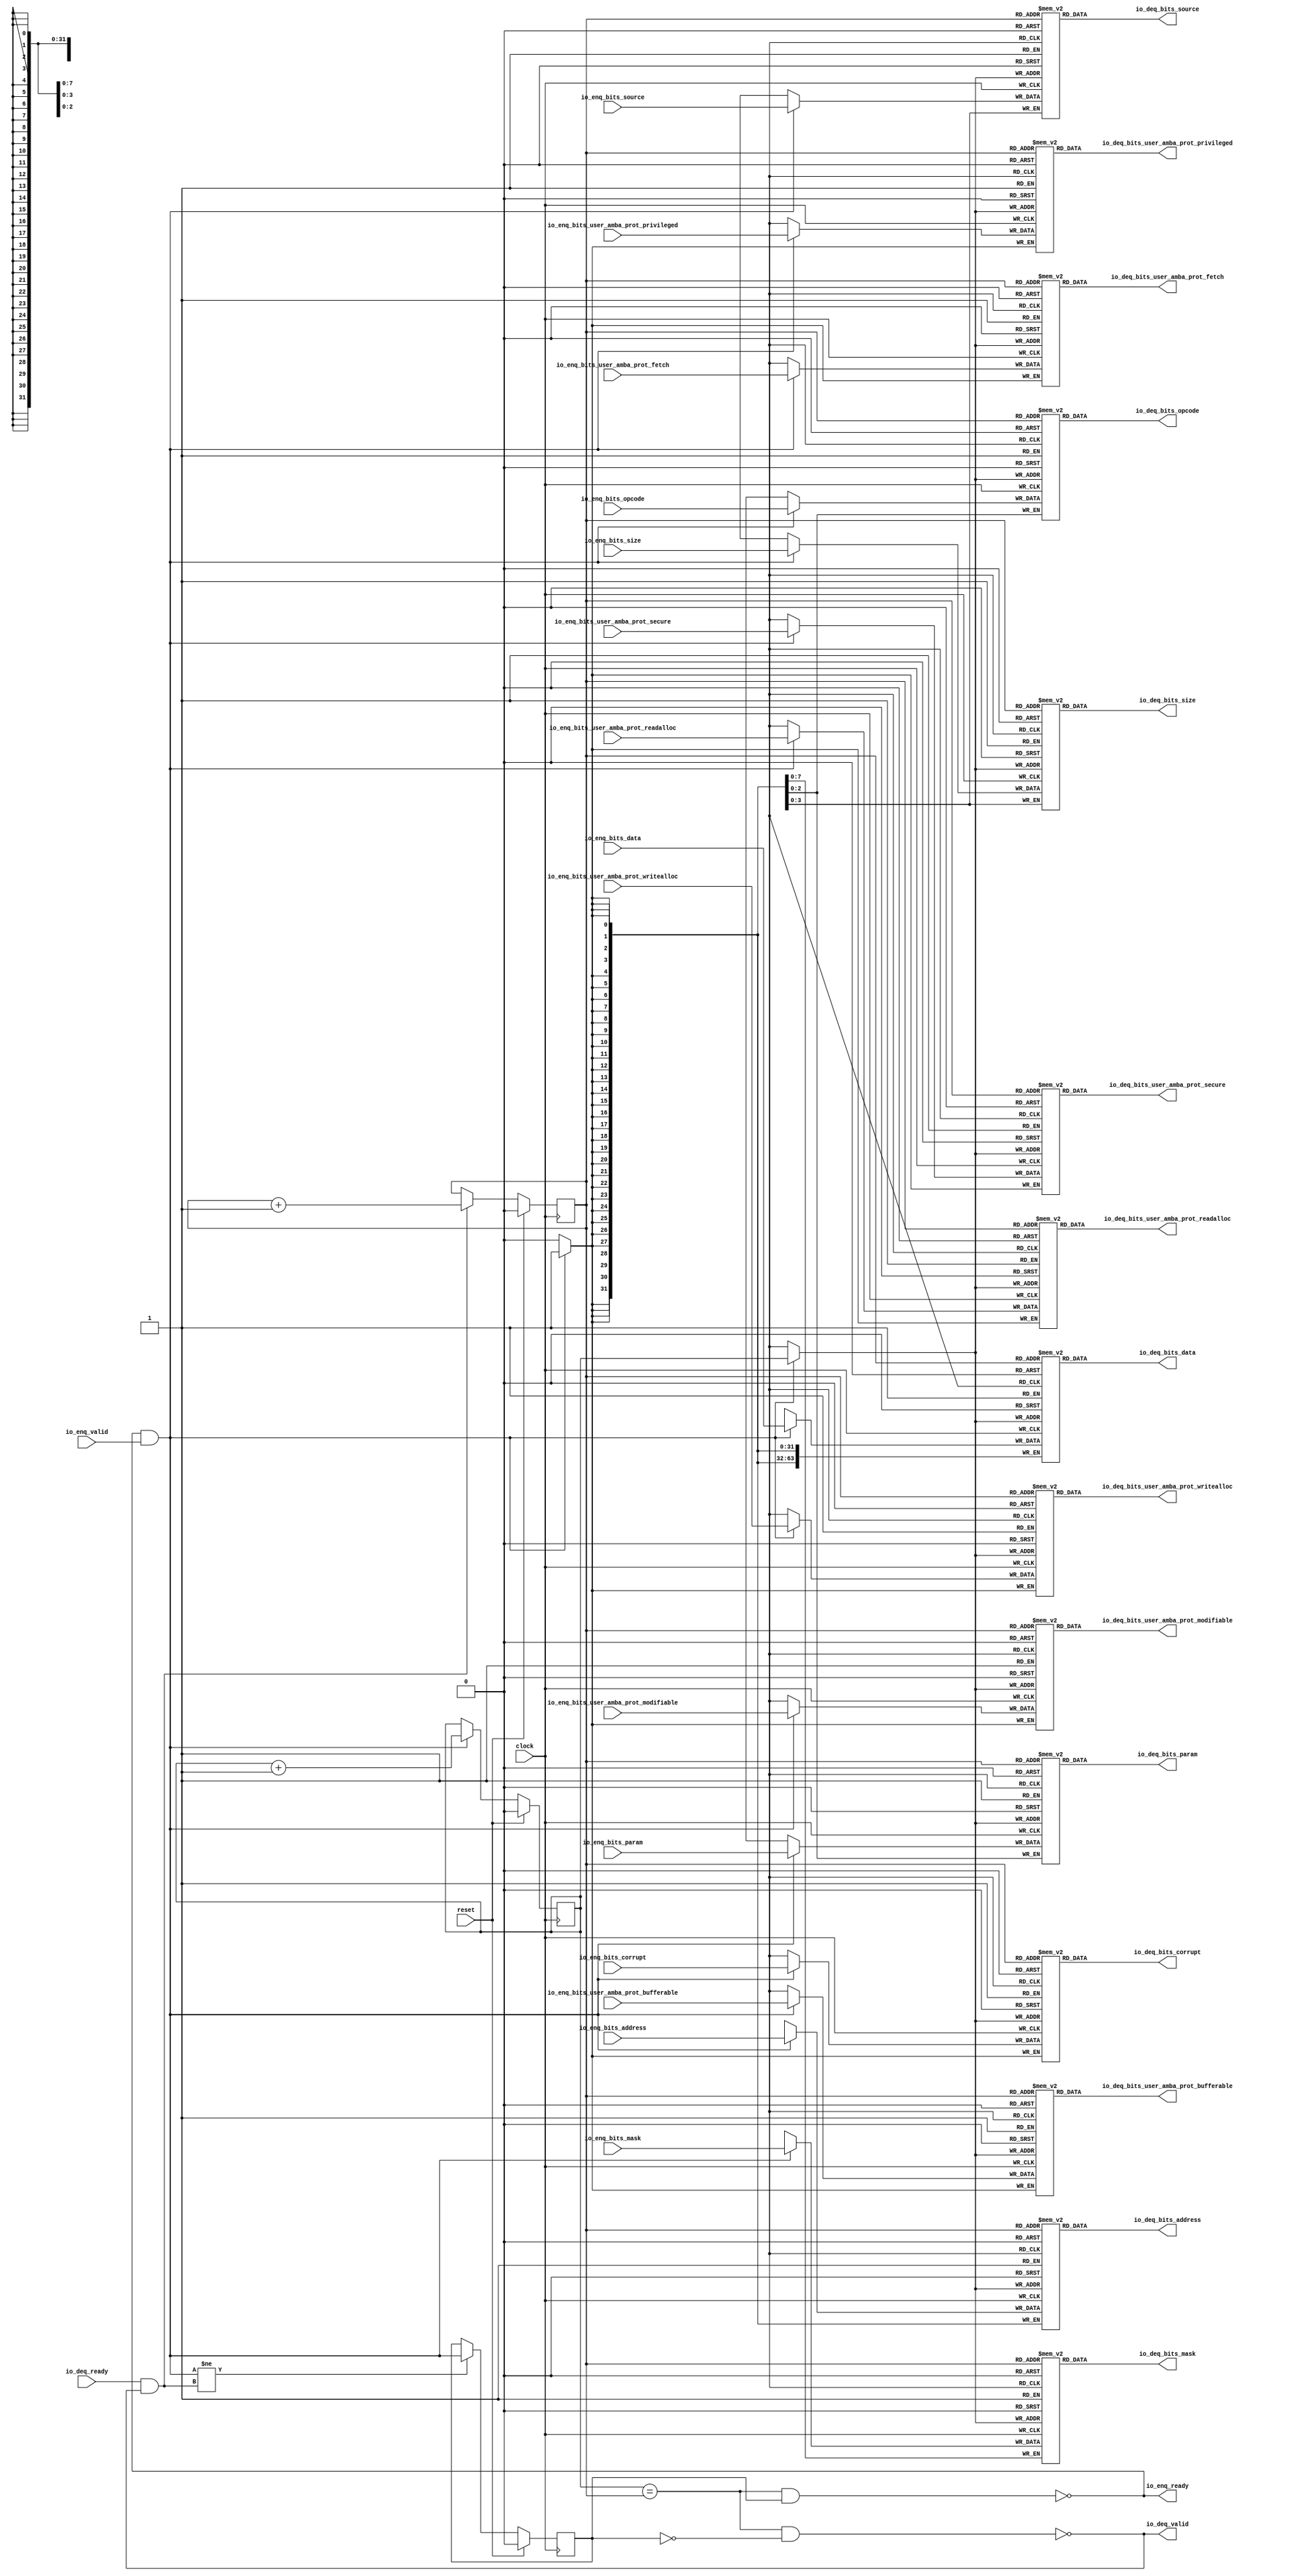
module Queue_12(
  input         clock,
  input         reset,
  output        io_enq_ready,
  input         io_enq_valid,
  input  [2:0]  io_enq_bits_opcode,
  input  [2:0]  io_enq_bits_param,
  input  [3:0]  io_enq_bits_size,
  input  [3:0]  io_enq_bits_source,
  input  [31:0] io_enq_bits_address,
  input         io_enq_bits_user_amba_prot_bufferable,
  input         io_enq_bits_user_amba_prot_modifiable,
  input         io_enq_bits_user_amba_prot_readalloc,
  input         io_enq_bits_user_amba_prot_writealloc,
  input         io_enq_bits_user_amba_prot_privileged,
  input         io_enq_bits_user_amba_prot_secure,
  input         io_enq_bits_user_amba_prot_fetch,
  input  [7:0]  io_enq_bits_mask,
  input  [63:0] io_enq_bits_data,
  input         io_enq_bits_corrupt,
  input         io_deq_ready,
  output        io_deq_valid,
  output [2:0]  io_deq_bits_opcode,
  output [2:0]  io_deq_bits_param,
  output [3:0]  io_deq_bits_size,
  output [3:0]  io_deq_bits_source,
  output [31:0] io_deq_bits_address,
  output        io_deq_bits_user_amba_prot_bufferable,
  output        io_deq_bits_user_amba_prot_modifiable,
  output        io_deq_bits_user_amba_prot_readalloc,
  output        io_deq_bits_user_amba_prot_writealloc,
  output        io_deq_bits_user_amba_prot_privileged,
  output        io_deq_bits_user_amba_prot_secure,
  output        io_deq_bits_user_amba_prot_fetch,
  output [7:0]  io_deq_bits_mask,
  output [63:0] io_deq_bits_data,
  output        io_deq_bits_corrupt
);
`ifdef RANDOMIZE_MEM_INIT
  reg [31:0] _RAND_0;
  reg [31:0] _RAND_1;
  reg [31:0] _RAND_2;
  reg [31:0] _RAND_3;
  reg [31:0] _RAND_4;
  reg [31:0] _RAND_5;
  reg [31:0] _RAND_6;
  reg [31:0] _RAND_7;
  reg [31:0] _RAND_8;
  reg [31:0] _RAND_9;
  reg [31:0] _RAND_10;
  reg [31:0] _RAND_11;
  reg [31:0] _RAND_12;
  reg [63:0] _RAND_13;
  reg [31:0] _RAND_14;
`endif // RANDOMIZE_MEM_INIT
`ifdef RANDOMIZE_REG_INIT
  reg [31:0] _RAND_15;
  reg [31:0] _RAND_16;
  reg [31:0] _RAND_17;
`endif // RANDOMIZE_REG_INIT
  reg [2:0] ram_opcode [0:1]; // @[Decoupled.scala 218:16]
  wire [2:0] ram_opcode_io_deq_bits_MPORT_data; // @[Decoupled.scala 218:16]
  wire  ram_opcode_io_deq_bits_MPORT_addr; // @[Decoupled.scala 218:16]
  wire [2:0] ram_opcode_MPORT_data; // @[Decoupled.scala 218:16]
  wire  ram_opcode_MPORT_addr; // @[Decoupled.scala 218:16]
  wire  ram_opcode_MPORT_mask; // @[Decoupled.scala 218:16]
  wire  ram_opcode_MPORT_en; // @[Decoupled.scala 218:16]
  reg [2:0] ram_param [0:1]; // @[Decoupled.scala 218:16]
  wire [2:0] ram_param_io_deq_bits_MPORT_data; // @[Decoupled.scala 218:16]
  wire  ram_param_io_deq_bits_MPORT_addr; // @[Decoupled.scala 218:16]
  wire [2:0] ram_param_MPORT_data; // @[Decoupled.scala 218:16]
  wire  ram_param_MPORT_addr; // @[Decoupled.scala 218:16]
  wire  ram_param_MPORT_mask; // @[Decoupled.scala 218:16]
  wire  ram_param_MPORT_en; // @[Decoupled.scala 218:16]
  reg [3:0] ram_size [0:1]; // @[Decoupled.scala 218:16]
  wire [3:0] ram_size_io_deq_bits_MPORT_data; // @[Decoupled.scala 218:16]
  wire  ram_size_io_deq_bits_MPORT_addr; // @[Decoupled.scala 218:16]
  wire [3:0] ram_size_MPORT_data; // @[Decoupled.scala 218:16]
  wire  ram_size_MPORT_addr; // @[Decoupled.scala 218:16]
  wire  ram_size_MPORT_mask; // @[Decoupled.scala 218:16]
  wire  ram_size_MPORT_en; // @[Decoupled.scala 218:16]
  reg [3:0] ram_source [0:1]; // @[Decoupled.scala 218:16]
  wire [3:0] ram_source_io_deq_bits_MPORT_data; // @[Decoupled.scala 218:16]
  wire  ram_source_io_deq_bits_MPORT_addr; // @[Decoupled.scala 218:16]
  wire [3:0] ram_source_MPORT_data; // @[Decoupled.scala 218:16]
  wire  ram_source_MPORT_addr; // @[Decoupled.scala 218:16]
  wire  ram_source_MPORT_mask; // @[Decoupled.scala 218:16]
  wire  ram_source_MPORT_en; // @[Decoupled.scala 218:16]
  reg [31:0] ram_address [0:1]; // @[Decoupled.scala 218:16]
  wire [31:0] ram_address_io_deq_bits_MPORT_data; // @[Decoupled.scala 218:16]
  wire  ram_address_io_deq_bits_MPORT_addr; // @[Decoupled.scala 218:16]
  wire [31:0] ram_address_MPORT_data; // @[Decoupled.scala 218:16]
  wire  ram_address_MPORT_addr; // @[Decoupled.scala 218:16]
  wire  ram_address_MPORT_mask; // @[Decoupled.scala 218:16]
  wire  ram_address_MPORT_en; // @[Decoupled.scala 218:16]
  reg  ram_user_amba_prot_bufferable [0:1]; // @[Decoupled.scala 218:16]
  wire  ram_user_amba_prot_bufferable_io_deq_bits_MPORT_data; // @[Decoupled.scala 218:16]
  wire  ram_user_amba_prot_bufferable_io_deq_bits_MPORT_addr; // @[Decoupled.scala 218:16]
  wire  ram_user_amba_prot_bufferable_MPORT_data; // @[Decoupled.scala 218:16]
  wire  ram_user_amba_prot_bufferable_MPORT_addr; // @[Decoupled.scala 218:16]
  wire  ram_user_amba_prot_bufferable_MPORT_mask; // @[Decoupled.scala 218:16]
  wire  ram_user_amba_prot_bufferable_MPORT_en; // @[Decoupled.scala 218:16]
  reg  ram_user_amba_prot_modifiable [0:1]; // @[Decoupled.scala 218:16]
  wire  ram_user_amba_prot_modifiable_io_deq_bits_MPORT_data; // @[Decoupled.scala 218:16]
  wire  ram_user_amba_prot_modifiable_io_deq_bits_MPORT_addr; // @[Decoupled.scala 218:16]
  wire  ram_user_amba_prot_modifiable_MPORT_data; // @[Decoupled.scala 218:16]
  wire  ram_user_amba_prot_modifiable_MPORT_addr; // @[Decoupled.scala 218:16]
  wire  ram_user_amba_prot_modifiable_MPORT_mask; // @[Decoupled.scala 218:16]
  wire  ram_user_amba_prot_modifiable_MPORT_en; // @[Decoupled.scala 218:16]
  reg  ram_user_amba_prot_readalloc [0:1]; // @[Decoupled.scala 218:16]
  wire  ram_user_amba_prot_readalloc_io_deq_bits_MPORT_data; // @[Decoupled.scala 218:16]
  wire  ram_user_amba_prot_readalloc_io_deq_bits_MPORT_addr; // @[Decoupled.scala 218:16]
  wire  ram_user_amba_prot_readalloc_MPORT_data; // @[Decoupled.scala 218:16]
  wire  ram_user_amba_prot_readalloc_MPORT_addr; // @[Decoupled.scala 218:16]
  wire  ram_user_amba_prot_readalloc_MPORT_mask; // @[Decoupled.scala 218:16]
  wire  ram_user_amba_prot_readalloc_MPORT_en; // @[Decoupled.scala 218:16]
  reg  ram_user_amba_prot_writealloc [0:1]; // @[Decoupled.scala 218:16]
  wire  ram_user_amba_prot_writealloc_io_deq_bits_MPORT_data; // @[Decoupled.scala 218:16]
  wire  ram_user_amba_prot_writealloc_io_deq_bits_MPORT_addr; // @[Decoupled.scala 218:16]
  wire  ram_user_amba_prot_writealloc_MPORT_data; // @[Decoupled.scala 218:16]
  wire  ram_user_amba_prot_writealloc_MPORT_addr; // @[Decoupled.scala 218:16]
  wire  ram_user_amba_prot_writealloc_MPORT_mask; // @[Decoupled.scala 218:16]
  wire  ram_user_amba_prot_writealloc_MPORT_en; // @[Decoupled.scala 218:16]
  reg  ram_user_amba_prot_privileged [0:1]; // @[Decoupled.scala 218:16]
  wire  ram_user_amba_prot_privileged_io_deq_bits_MPORT_data; // @[Decoupled.scala 218:16]
  wire  ram_user_amba_prot_privileged_io_deq_bits_MPORT_addr; // @[Decoupled.scala 218:16]
  wire  ram_user_amba_prot_privileged_MPORT_data; // @[Decoupled.scala 218:16]
  wire  ram_user_amba_prot_privileged_MPORT_addr; // @[Decoupled.scala 218:16]
  wire  ram_user_amba_prot_privileged_MPORT_mask; // @[Decoupled.scala 218:16]
  wire  ram_user_amba_prot_privileged_MPORT_en; // @[Decoupled.scala 218:16]
  reg  ram_user_amba_prot_secure [0:1]; // @[Decoupled.scala 218:16]
  wire  ram_user_amba_prot_secure_io_deq_bits_MPORT_data; // @[Decoupled.scala 218:16]
  wire  ram_user_amba_prot_secure_io_deq_bits_MPORT_addr; // @[Decoupled.scala 218:16]
  wire  ram_user_amba_prot_secure_MPORT_data; // @[Decoupled.scala 218:16]
  wire  ram_user_amba_prot_secure_MPORT_addr; // @[Decoupled.scala 218:16]
  wire  ram_user_amba_prot_secure_MPORT_mask; // @[Decoupled.scala 218:16]
  wire  ram_user_amba_prot_secure_MPORT_en; // @[Decoupled.scala 218:16]
  reg  ram_user_amba_prot_fetch [0:1]; // @[Decoupled.scala 218:16]
  wire  ram_user_amba_prot_fetch_io_deq_bits_MPORT_data; // @[Decoupled.scala 218:16]
  wire  ram_user_amba_prot_fetch_io_deq_bits_MPORT_addr; // @[Decoupled.scala 218:16]
  wire  ram_user_amba_prot_fetch_MPORT_data; // @[Decoupled.scala 218:16]
  wire  ram_user_amba_prot_fetch_MPORT_addr; // @[Decoupled.scala 218:16]
  wire  ram_user_amba_prot_fetch_MPORT_mask; // @[Decoupled.scala 218:16]
  wire  ram_user_amba_prot_fetch_MPORT_en; // @[Decoupled.scala 218:16]
  reg [7:0] ram_mask [0:1]; // @[Decoupled.scala 218:16]
  wire [7:0] ram_mask_io_deq_bits_MPORT_data; // @[Decoupled.scala 218:16]
  wire  ram_mask_io_deq_bits_MPORT_addr; // @[Decoupled.scala 218:16]
  wire [7:0] ram_mask_MPORT_data; // @[Decoupled.scala 218:16]
  wire  ram_mask_MPORT_addr; // @[Decoupled.scala 218:16]
  wire  ram_mask_MPORT_mask; // @[Decoupled.scala 218:16]
  wire  ram_mask_MPORT_en; // @[Decoupled.scala 218:16]
  reg [63:0] ram_data [0:1]; // @[Decoupled.scala 218:16]
  wire [63:0] ram_data_io_deq_bits_MPORT_data; // @[Decoupled.scala 218:16]
  wire  ram_data_io_deq_bits_MPORT_addr; // @[Decoupled.scala 218:16]
  wire [63:0] ram_data_MPORT_data; // @[Decoupled.scala 218:16]
  wire  ram_data_MPORT_addr; // @[Decoupled.scala 218:16]
  wire  ram_data_MPORT_mask; // @[Decoupled.scala 218:16]
  wire  ram_data_MPORT_en; // @[Decoupled.scala 218:16]
  reg  ram_corrupt [0:1]; // @[Decoupled.scala 218:16]
  wire  ram_corrupt_io_deq_bits_MPORT_data; // @[Decoupled.scala 218:16]
  wire  ram_corrupt_io_deq_bits_MPORT_addr; // @[Decoupled.scala 218:16]
  wire  ram_corrupt_MPORT_data; // @[Decoupled.scala 218:16]
  wire  ram_corrupt_MPORT_addr; // @[Decoupled.scala 218:16]
  wire  ram_corrupt_MPORT_mask; // @[Decoupled.scala 218:16]
  wire  ram_corrupt_MPORT_en; // @[Decoupled.scala 218:16]
  reg  value; // @[Counter.scala 60:40]
  reg  value_1; // @[Counter.scala 60:40]
  reg  maybe_full; // @[Decoupled.scala 221:27]
  wire  ptr_match = value == value_1; // @[Decoupled.scala 223:33]
  wire  empty = ptr_match & (~maybe_full); // @[Decoupled.scala 224:25]
  wire  full = ptr_match & maybe_full; // @[Decoupled.scala 225:24]
  wire  do_enq = io_enq_ready & io_enq_valid; // @[Decoupled.scala 40:37]
  wire  do_deq = io_deq_ready & io_deq_valid; // @[Decoupled.scala 40:37]
  wire  _value_T_1 = value + 1'h1; // @[Counter.scala 76:24]
  wire  _value_1_T_1 = value_1 + 1'h1; // @[Counter.scala 76:24]
  wire  _T = do_enq != do_deq; // @[Decoupled.scala 236:16]
  assign ram_opcode_io_deq_bits_MPORT_addr = value_1;
  assign ram_opcode_io_deq_bits_MPORT_data = ram_opcode[ram_opcode_io_deq_bits_MPORT_addr]; // @[Decoupled.scala 218:16]
  assign ram_opcode_MPORT_data = io_enq_bits_opcode;
  assign ram_opcode_MPORT_addr = value;
  assign ram_opcode_MPORT_mask = 1'h1;
  assign ram_opcode_MPORT_en = io_enq_ready & io_enq_valid;
  assign ram_param_io_deq_bits_MPORT_addr = value_1;
  assign ram_param_io_deq_bits_MPORT_data = ram_param[ram_param_io_deq_bits_MPORT_addr]; // @[Decoupled.scala 218:16]
  assign ram_param_MPORT_data = io_enq_bits_param;
  assign ram_param_MPORT_addr = value;
  assign ram_param_MPORT_mask = 1'h1;
  assign ram_param_MPORT_en = io_enq_ready & io_enq_valid;
  assign ram_size_io_deq_bits_MPORT_addr = value_1;
  assign ram_size_io_deq_bits_MPORT_data = ram_size[ram_size_io_deq_bits_MPORT_addr]; // @[Decoupled.scala 218:16]
  assign ram_size_MPORT_data = io_enq_bits_size;
  assign ram_size_MPORT_addr = value;
  assign ram_size_MPORT_mask = 1'h1;
  assign ram_size_MPORT_en = io_enq_ready & io_enq_valid;
  assign ram_source_io_deq_bits_MPORT_addr = value_1;
  assign ram_source_io_deq_bits_MPORT_data = ram_source[ram_source_io_deq_bits_MPORT_addr]; // @[Decoupled.scala 218:16]
  assign ram_source_MPORT_data = io_enq_bits_source;
  assign ram_source_MPORT_addr = value;
  assign ram_source_MPORT_mask = 1'h1;
  assign ram_source_MPORT_en = io_enq_ready & io_enq_valid;
  assign ram_address_io_deq_bits_MPORT_addr = value_1;
  assign ram_address_io_deq_bits_MPORT_data = ram_address[ram_address_io_deq_bits_MPORT_addr]; // @[Decoupled.scala 218:16]
  assign ram_address_MPORT_data = io_enq_bits_address;
  assign ram_address_MPORT_addr = value;
  assign ram_address_MPORT_mask = 1'h1;
  assign ram_address_MPORT_en = io_enq_ready & io_enq_valid;
  assign ram_user_amba_prot_bufferable_io_deq_bits_MPORT_addr = value_1;
  assign ram_user_amba_prot_bufferable_io_deq_bits_MPORT_data =
    ram_user_amba_prot_bufferable[ram_user_amba_prot_bufferable_io_deq_bits_MPORT_addr]; // @[Decoupled.scala 218:16]
  assign ram_user_amba_prot_bufferable_MPORT_data = io_enq_bits_user_amba_prot_bufferable;
  assign ram_user_amba_prot_bufferable_MPORT_addr = value;
  assign ram_user_amba_prot_bufferable_MPORT_mask = 1'h1;
  assign ram_user_amba_prot_bufferable_MPORT_en = io_enq_ready & io_enq_valid;
  assign ram_user_amba_prot_modifiable_io_deq_bits_MPORT_addr = value_1;
  assign ram_user_amba_prot_modifiable_io_deq_bits_MPORT_data =
    ram_user_amba_prot_modifiable[ram_user_amba_prot_modifiable_io_deq_bits_MPORT_addr]; // @[Decoupled.scala 218:16]
  assign ram_user_amba_prot_modifiable_MPORT_data = io_enq_bits_user_amba_prot_modifiable;
  assign ram_user_amba_prot_modifiable_MPORT_addr = value;
  assign ram_user_amba_prot_modifiable_MPORT_mask = 1'h1;
  assign ram_user_amba_prot_modifiable_MPORT_en = io_enq_ready & io_enq_valid;
  assign ram_user_amba_prot_readalloc_io_deq_bits_MPORT_addr = value_1;
  assign ram_user_amba_prot_readalloc_io_deq_bits_MPORT_data =
    ram_user_amba_prot_readalloc[ram_user_amba_prot_readalloc_io_deq_bits_MPORT_addr]; // @[Decoupled.scala 218:16]
  assign ram_user_amba_prot_readalloc_MPORT_data = io_enq_bits_user_amba_prot_readalloc;
  assign ram_user_amba_prot_readalloc_MPORT_addr = value;
  assign ram_user_amba_prot_readalloc_MPORT_mask = 1'h1;
  assign ram_user_amba_prot_readalloc_MPORT_en = io_enq_ready & io_enq_valid;
  assign ram_user_amba_prot_writealloc_io_deq_bits_MPORT_addr = value_1;
  assign ram_user_amba_prot_writealloc_io_deq_bits_MPORT_data =
    ram_user_amba_prot_writealloc[ram_user_amba_prot_writealloc_io_deq_bits_MPORT_addr]; // @[Decoupled.scala 218:16]
  assign ram_user_amba_prot_writealloc_MPORT_data = io_enq_bits_user_amba_prot_writealloc;
  assign ram_user_amba_prot_writealloc_MPORT_addr = value;
  assign ram_user_amba_prot_writealloc_MPORT_mask = 1'h1;
  assign ram_user_amba_prot_writealloc_MPORT_en = io_enq_ready & io_enq_valid;
  assign ram_user_amba_prot_privileged_io_deq_bits_MPORT_addr = value_1;
  assign ram_user_amba_prot_privileged_io_deq_bits_MPORT_data =
    ram_user_amba_prot_privileged[ram_user_amba_prot_privileged_io_deq_bits_MPORT_addr]; // @[Decoupled.scala 218:16]
  assign ram_user_amba_prot_privileged_MPORT_data = io_enq_bits_user_amba_prot_privileged;
  assign ram_user_amba_prot_privileged_MPORT_addr = value;
  assign ram_user_amba_prot_privileged_MPORT_mask = 1'h1;
  assign ram_user_amba_prot_privileged_MPORT_en = io_enq_ready & io_enq_valid;
  assign ram_user_amba_prot_secure_io_deq_bits_MPORT_addr = value_1;
  assign ram_user_amba_prot_secure_io_deq_bits_MPORT_data =
    ram_user_amba_prot_secure[ram_user_amba_prot_secure_io_deq_bits_MPORT_addr]; // @[Decoupled.scala 218:16]
  assign ram_user_amba_prot_secure_MPORT_data = io_enq_bits_user_amba_prot_secure;
  assign ram_user_amba_prot_secure_MPORT_addr = value;
  assign ram_user_amba_prot_secure_MPORT_mask = 1'h1;
  assign ram_user_amba_prot_secure_MPORT_en = io_enq_ready & io_enq_valid;
  assign ram_user_amba_prot_fetch_io_deq_bits_MPORT_addr = value_1;
  assign ram_user_amba_prot_fetch_io_deq_bits_MPORT_data =
    ram_user_amba_prot_fetch[ram_user_amba_prot_fetch_io_deq_bits_MPORT_addr]; // @[Decoupled.scala 218:16]
  assign ram_user_amba_prot_fetch_MPORT_data = io_enq_bits_user_amba_prot_fetch;
  assign ram_user_amba_prot_fetch_MPORT_addr = value;
  assign ram_user_amba_prot_fetch_MPORT_mask = 1'h1;
  assign ram_user_amba_prot_fetch_MPORT_en = io_enq_ready & io_enq_valid;
  assign ram_mask_io_deq_bits_MPORT_addr = value_1;
  assign ram_mask_io_deq_bits_MPORT_data = ram_mask[ram_mask_io_deq_bits_MPORT_addr]; // @[Decoupled.scala 218:16]
  assign ram_mask_MPORT_data = io_enq_bits_mask;
  assign ram_mask_MPORT_addr = value;
  assign ram_mask_MPORT_mask = 1'h1;
  assign ram_mask_MPORT_en = io_enq_ready & io_enq_valid;
  assign ram_data_io_deq_bits_MPORT_addr = value_1;
  assign ram_data_io_deq_bits_MPORT_data = ram_data[ram_data_io_deq_bits_MPORT_addr]; // @[Decoupled.scala 218:16]
  assign ram_data_MPORT_data = io_enq_bits_data;
  assign ram_data_MPORT_addr = value;
  assign ram_data_MPORT_mask = 1'h1;
  assign ram_data_MPORT_en = io_enq_ready & io_enq_valid;
  assign ram_corrupt_io_deq_bits_MPORT_addr = value_1;
  assign ram_corrupt_io_deq_bits_MPORT_data = ram_corrupt[ram_corrupt_io_deq_bits_MPORT_addr]; // @[Decoupled.scala 218:16]
  assign ram_corrupt_MPORT_data = io_enq_bits_corrupt;
  assign ram_corrupt_MPORT_addr = value;
  assign ram_corrupt_MPORT_mask = 1'h1;
  assign ram_corrupt_MPORT_en = io_enq_ready & io_enq_valid;
  assign io_enq_ready = ~full; // @[Decoupled.scala 241:19]
  assign io_deq_valid = ~empty; // @[Decoupled.scala 240:19]
  assign io_deq_bits_opcode = ram_opcode_io_deq_bits_MPORT_data; // @[Decoupled.scala 242:15]
  assign io_deq_bits_param = ram_param_io_deq_bits_MPORT_data; // @[Decoupled.scala 242:15]
  assign io_deq_bits_size = ram_size_io_deq_bits_MPORT_data; // @[Decoupled.scala 242:15]
  assign io_deq_bits_source = ram_source_io_deq_bits_MPORT_data; // @[Decoupled.scala 242:15]
  assign io_deq_bits_address = ram_address_io_deq_bits_MPORT_data; // @[Decoupled.scala 242:15]
  assign io_deq_bits_user_amba_prot_bufferable = ram_user_amba_prot_bufferable_io_deq_bits_MPORT_data; // @[Decoupled.scala 242:15]
  assign io_deq_bits_user_amba_prot_modifiable = ram_user_amba_prot_modifiable_io_deq_bits_MPORT_data; // @[Decoupled.scala 242:15]
  assign io_deq_bits_user_amba_prot_readalloc = ram_user_amba_prot_readalloc_io_deq_bits_MPORT_data; // @[Decoupled.scala 242:15]
  assign io_deq_bits_user_amba_prot_writealloc = ram_user_amba_prot_writealloc_io_deq_bits_MPORT_data; // @[Decoupled.scala 242:15]
  assign io_deq_bits_user_amba_prot_privileged = ram_user_amba_prot_privileged_io_deq_bits_MPORT_data; // @[Decoupled.scala 242:15]
  assign io_deq_bits_user_amba_prot_secure = ram_user_amba_prot_secure_io_deq_bits_MPORT_data; // @[Decoupled.scala 242:15]
  assign io_deq_bits_user_amba_prot_fetch = ram_user_amba_prot_fetch_io_deq_bits_MPORT_data; // @[Decoupled.scala 242:15]
  assign io_deq_bits_mask = ram_mask_io_deq_bits_MPORT_data; // @[Decoupled.scala 242:15]
  assign io_deq_bits_data = ram_data_io_deq_bits_MPORT_data; // @[Decoupled.scala 242:15]
  assign io_deq_bits_corrupt = ram_corrupt_io_deq_bits_MPORT_data; // @[Decoupled.scala 242:15]
  always @(posedge clock) begin
    if(ram_opcode_MPORT_en & ram_opcode_MPORT_mask) begin
      ram_opcode[ram_opcode_MPORT_addr] <= ram_opcode_MPORT_data; // @[Decoupled.scala 218:16]
    end
    if(ram_param_MPORT_en & ram_param_MPORT_mask) begin
      ram_param[ram_param_MPORT_addr] <= ram_param_MPORT_data; // @[Decoupled.scala 218:16]
    end
    if(ram_size_MPORT_en & ram_size_MPORT_mask) begin
      ram_size[ram_size_MPORT_addr] <= ram_size_MPORT_data; // @[Decoupled.scala 218:16]
    end
    if(ram_source_MPORT_en & ram_source_MPORT_mask) begin
      ram_source[ram_source_MPORT_addr] <= ram_source_MPORT_data; // @[Decoupled.scala 218:16]
    end
    if(ram_address_MPORT_en & ram_address_MPORT_mask) begin
      ram_address[ram_address_MPORT_addr] <= ram_address_MPORT_data; // @[Decoupled.scala 218:16]
    end
    if(ram_user_amba_prot_bufferable_MPORT_en & ram_user_amba_prot_bufferable_MPORT_mask) begin
      ram_user_amba_prot_bufferable[ram_user_amba_prot_bufferable_MPORT_addr] <=
        ram_user_amba_prot_bufferable_MPORT_data; // @[Decoupled.scala 218:16]
    end
    if(ram_user_amba_prot_modifiable_MPORT_en & ram_user_amba_prot_modifiable_MPORT_mask) begin
      ram_user_amba_prot_modifiable[ram_user_amba_prot_modifiable_MPORT_addr] <=
        ram_user_amba_prot_modifiable_MPORT_data; // @[Decoupled.scala 218:16]
    end
    if(ram_user_amba_prot_readalloc_MPORT_en & ram_user_amba_prot_readalloc_MPORT_mask) begin
      ram_user_amba_prot_readalloc[ram_user_amba_prot_readalloc_MPORT_addr] <= ram_user_amba_prot_readalloc_MPORT_data; // @[Decoupled.scala 218:16]
    end
    if(ram_user_amba_prot_writealloc_MPORT_en & ram_user_amba_prot_writealloc_MPORT_mask) begin
      ram_user_amba_prot_writealloc[ram_user_amba_prot_writealloc_MPORT_addr] <=
        ram_user_amba_prot_writealloc_MPORT_data; // @[Decoupled.scala 218:16]
    end
    if(ram_user_amba_prot_privileged_MPORT_en & ram_user_amba_prot_privileged_MPORT_mask) begin
      ram_user_amba_prot_privileged[ram_user_amba_prot_privileged_MPORT_addr] <=
        ram_user_amba_prot_privileged_MPORT_data; // @[Decoupled.scala 218:16]
    end
    if(ram_user_amba_prot_secure_MPORT_en & ram_user_amba_prot_secure_MPORT_mask) begin
      ram_user_amba_prot_secure[ram_user_amba_prot_secure_MPORT_addr] <= ram_user_amba_prot_secure_MPORT_data; // @[Decoupled.scala 218:16]
    end
    if(ram_user_amba_prot_fetch_MPORT_en & ram_user_amba_prot_fetch_MPORT_mask) begin
      ram_user_amba_prot_fetch[ram_user_amba_prot_fetch_MPORT_addr] <= ram_user_amba_prot_fetch_MPORT_data; // @[Decoupled.scala 218:16]
    end
    if(ram_mask_MPORT_en & ram_mask_MPORT_mask) begin
      ram_mask[ram_mask_MPORT_addr] <= ram_mask_MPORT_data; // @[Decoupled.scala 218:16]
    end
    if(ram_data_MPORT_en & ram_data_MPORT_mask) begin
      ram_data[ram_data_MPORT_addr] <= ram_data_MPORT_data; // @[Decoupled.scala 218:16]
    end
    if(ram_corrupt_MPORT_en & ram_corrupt_MPORT_mask) begin
      ram_corrupt[ram_corrupt_MPORT_addr] <= ram_corrupt_MPORT_data; // @[Decoupled.scala 218:16]
    end
    if (reset) begin // @[Counter.scala 60:40]
      value <= 1'h0; // @[Counter.scala 60:40]
    end else if (do_enq) begin // @[Decoupled.scala 229:17]
      value <= _value_T_1; // @[Counter.scala 76:15]
    end
    if (reset) begin // @[Counter.scala 60:40]
      value_1 <= 1'h0; // @[Counter.scala 60:40]
    end else if (do_deq) begin // @[Decoupled.scala 233:17]
      value_1 <= _value_1_T_1; // @[Counter.scala 76:15]
    end
    if (reset) begin // @[Decoupled.scala 221:27]
      maybe_full <= 1'h0; // @[Decoupled.scala 221:27]
    end else if (_T) begin // @[Decoupled.scala 236:28]
      maybe_full <= do_enq; // @[Decoupled.scala 237:16]
    end
  end
// Register and memory initialization
`ifdef RANDOMIZE_GARBAGE_ASSIGN
`define RANDOMIZE
`endif
`ifdef RANDOMIZE_INVALID_ASSIGN
`define RANDOMIZE
`endif
`ifdef RANDOMIZE_REG_INIT
`define RANDOMIZE
`endif
`ifdef RANDOMIZE_MEM_INIT
`define RANDOMIZE
`endif
`ifndef RANDOM
`define RANDOM $random
`endif
`ifdef RANDOMIZE_MEM_INIT
  integer initvar;
`endif
`ifndef SYNTHESIS
`ifdef FIRRTL_BEFORE_INITIAL
`FIRRTL_BEFORE_INITIAL
`endif
initial begin
  `ifdef RANDOMIZE
    `ifdef INIT_RANDOM
      `INIT_RANDOM
    `endif
    `ifndef VERILATOR
      `ifdef RANDOMIZE_DELAY
        #`RANDOMIZE_DELAY begin end
      `else
        #0.002 begin end
      `endif
    `endif
`ifdef RANDOMIZE_MEM_INIT
  _RAND_0 = {1{`RANDOM}};
  for (initvar = 0; initvar < 2; initvar = initvar+1)
    ram_opcode[initvar] = _RAND_0[2:0];
  _RAND_1 = {1{`RANDOM}};
  for (initvar = 0; initvar < 2; initvar = initvar+1)
    ram_param[initvar] = _RAND_1[2:0];
  _RAND_2 = {1{`RANDOM}};
  for (initvar = 0; initvar < 2; initvar = initvar+1)
    ram_size[initvar] = _RAND_2[3:0];
  _RAND_3 = {1{`RANDOM}};
  for (initvar = 0; initvar < 2; initvar = initvar+1)
    ram_source[initvar] = _RAND_3[3:0];
  _RAND_4 = {1{`RANDOM}};
  for (initvar = 0; initvar < 2; initvar = initvar+1)
    ram_address[initvar] = _RAND_4[31:0];
  _RAND_5 = {1{`RANDOM}};
  for (initvar = 0; initvar < 2; initvar = initvar+1)
    ram_user_amba_prot_bufferable[initvar] = _RAND_5[0:0];
  _RAND_6 = {1{`RANDOM}};
  for (initvar = 0; initvar < 2; initvar = initvar+1)
    ram_user_amba_prot_modifiable[initvar] = _RAND_6[0:0];
  _RAND_7 = {1{`RANDOM}};
  for (initvar = 0; initvar < 2; initvar = initvar+1)
    ram_user_amba_prot_readalloc[initvar] = _RAND_7[0:0];
  _RAND_8 = {1{`RANDOM}};
  for (initvar = 0; initvar < 2; initvar = initvar+1)
    ram_user_amba_prot_writealloc[initvar] = _RAND_8[0:0];
  _RAND_9 = {1{`RANDOM}};
  for (initvar = 0; initvar < 2; initvar = initvar+1)
    ram_user_amba_prot_privileged[initvar] = _RAND_9[0:0];
  _RAND_10 = {1{`RANDOM}};
  for (initvar = 0; initvar < 2; initvar = initvar+1)
    ram_user_amba_prot_secure[initvar] = _RAND_10[0:0];
  _RAND_11 = {1{`RANDOM}};
  for (initvar = 0; initvar < 2; initvar = initvar+1)
    ram_user_amba_prot_fetch[initvar] = _RAND_11[0:0];
  _RAND_12 = {1{`RANDOM}};
  for (initvar = 0; initvar < 2; initvar = initvar+1)
    ram_mask[initvar] = _RAND_12[7:0];
  _RAND_13 = {2{`RANDOM}};
  for (initvar = 0; initvar < 2; initvar = initvar+1)
    ram_data[initvar] = _RAND_13[63:0];
  _RAND_14 = {1{`RANDOM}};
  for (initvar = 0; initvar < 2; initvar = initvar+1)
    ram_corrupt[initvar] = _RAND_14[0:0];
`endif // RANDOMIZE_MEM_INIT
`ifdef RANDOMIZE_REG_INIT
  _RAND_15 = {1{`RANDOM}};
  value = _RAND_15[0:0];
  _RAND_16 = {1{`RANDOM}};
  value_1 = _RAND_16[0:0];
  _RAND_17 = {1{`RANDOM}};
  maybe_full = _RAND_17[0:0];
`endif // RANDOMIZE_REG_INIT
  `endif // RANDOMIZE
end // initial
`ifdef FIRRTL_AFTER_INITIAL
`FIRRTL_AFTER_INITIAL
`endif
`endif // SYNTHESIS
endmodule